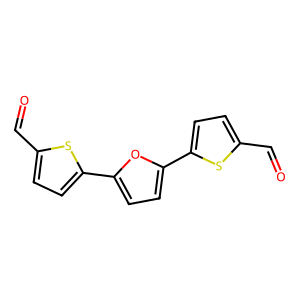
SMILES: O=Cc1ccc(-c2ccc(-c3ccc(C=O)s3)o2)s1
Inhibits HIV replication: No